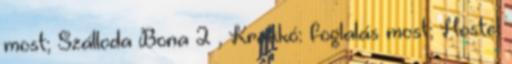
most; Szálloda Bona 2 , Krakkó: foglalás most; Hostel